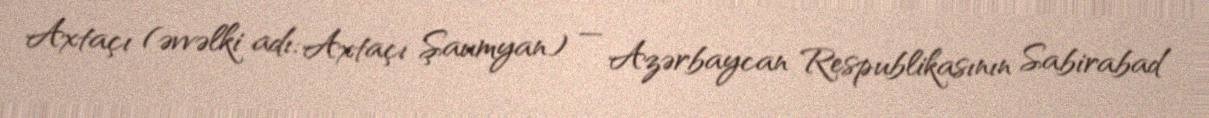
Axtaçı (əvvəlki adı: Axtaçı Şaumyan) — Azərbaycan Respublikasının Sabirabad